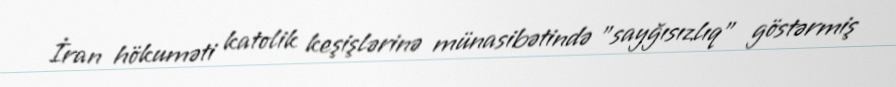
İran hökuməti katolik keşişlərinə münasibətində "sayğısızlıq" göstərmiş